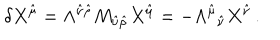
\delta X ^ { \hat { \mu } } = \Lambda ^ { \hat { \nu } \hat { \rho } } M _ { \hat { \nu } \hat { \rho } } X ^ { \hat { \mu } } = - \Lambda ^ { \hat { \mu } } { } _ { \hat { \nu } } X ^ { \hat { \nu } } \, .